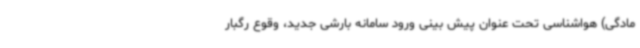
مادگی) هواشناسی تحت عنوان پیش بینی ورود سامانه بارشی جدید، وقوع رگبار